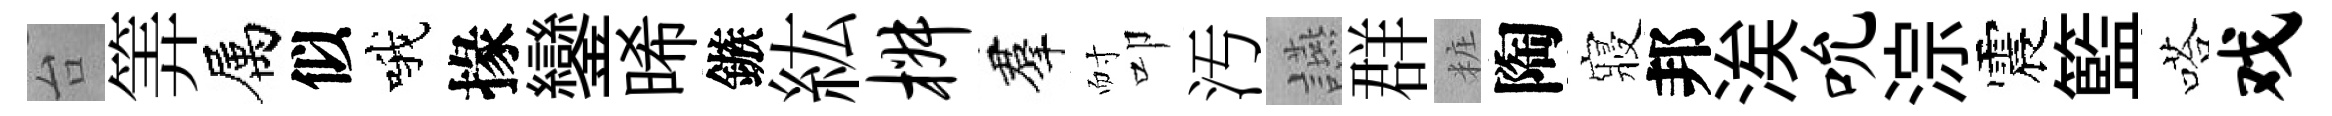
台筭属似哦掾鑾晞鏃紘椒羣耐叩汚讌群粧陶寢邦涘吮淙震籃嗒戏